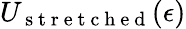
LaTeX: U_{\mathrm{~s~t~r~e~t~c~h~e~d~}}(\epsilon)